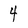
Character: 4